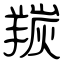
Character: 羰